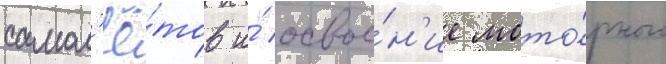
самол'ё́тов и́ освое́н'ие мото́рного